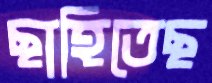
ছাহিতেছ